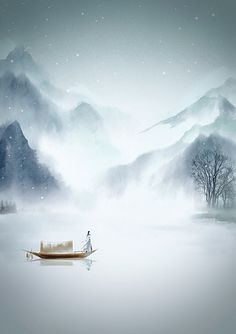
淡云孤雁远，寒日暮天红。